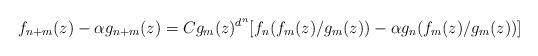
LaTeX: \begin{align*} f_{n+m}(z) - \alpha g_{n+m}(z) = C g_m(z)^{d^n}[ f_n(f_m(z)/g_m(z)) - \alpha g_n(f_m(z)/g_m(z))]\end{align*}